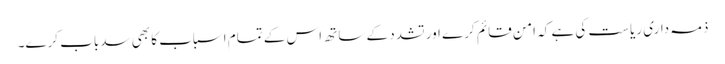
ذمہ داری ریاست کی ہے کہ امن قائم کرے اور تشدد کے ساتھ اس کے تمام اسباب کا بھی سدباب کرے۔